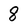
Character: 8